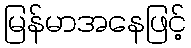
မြန်မာအနေဖြင့်